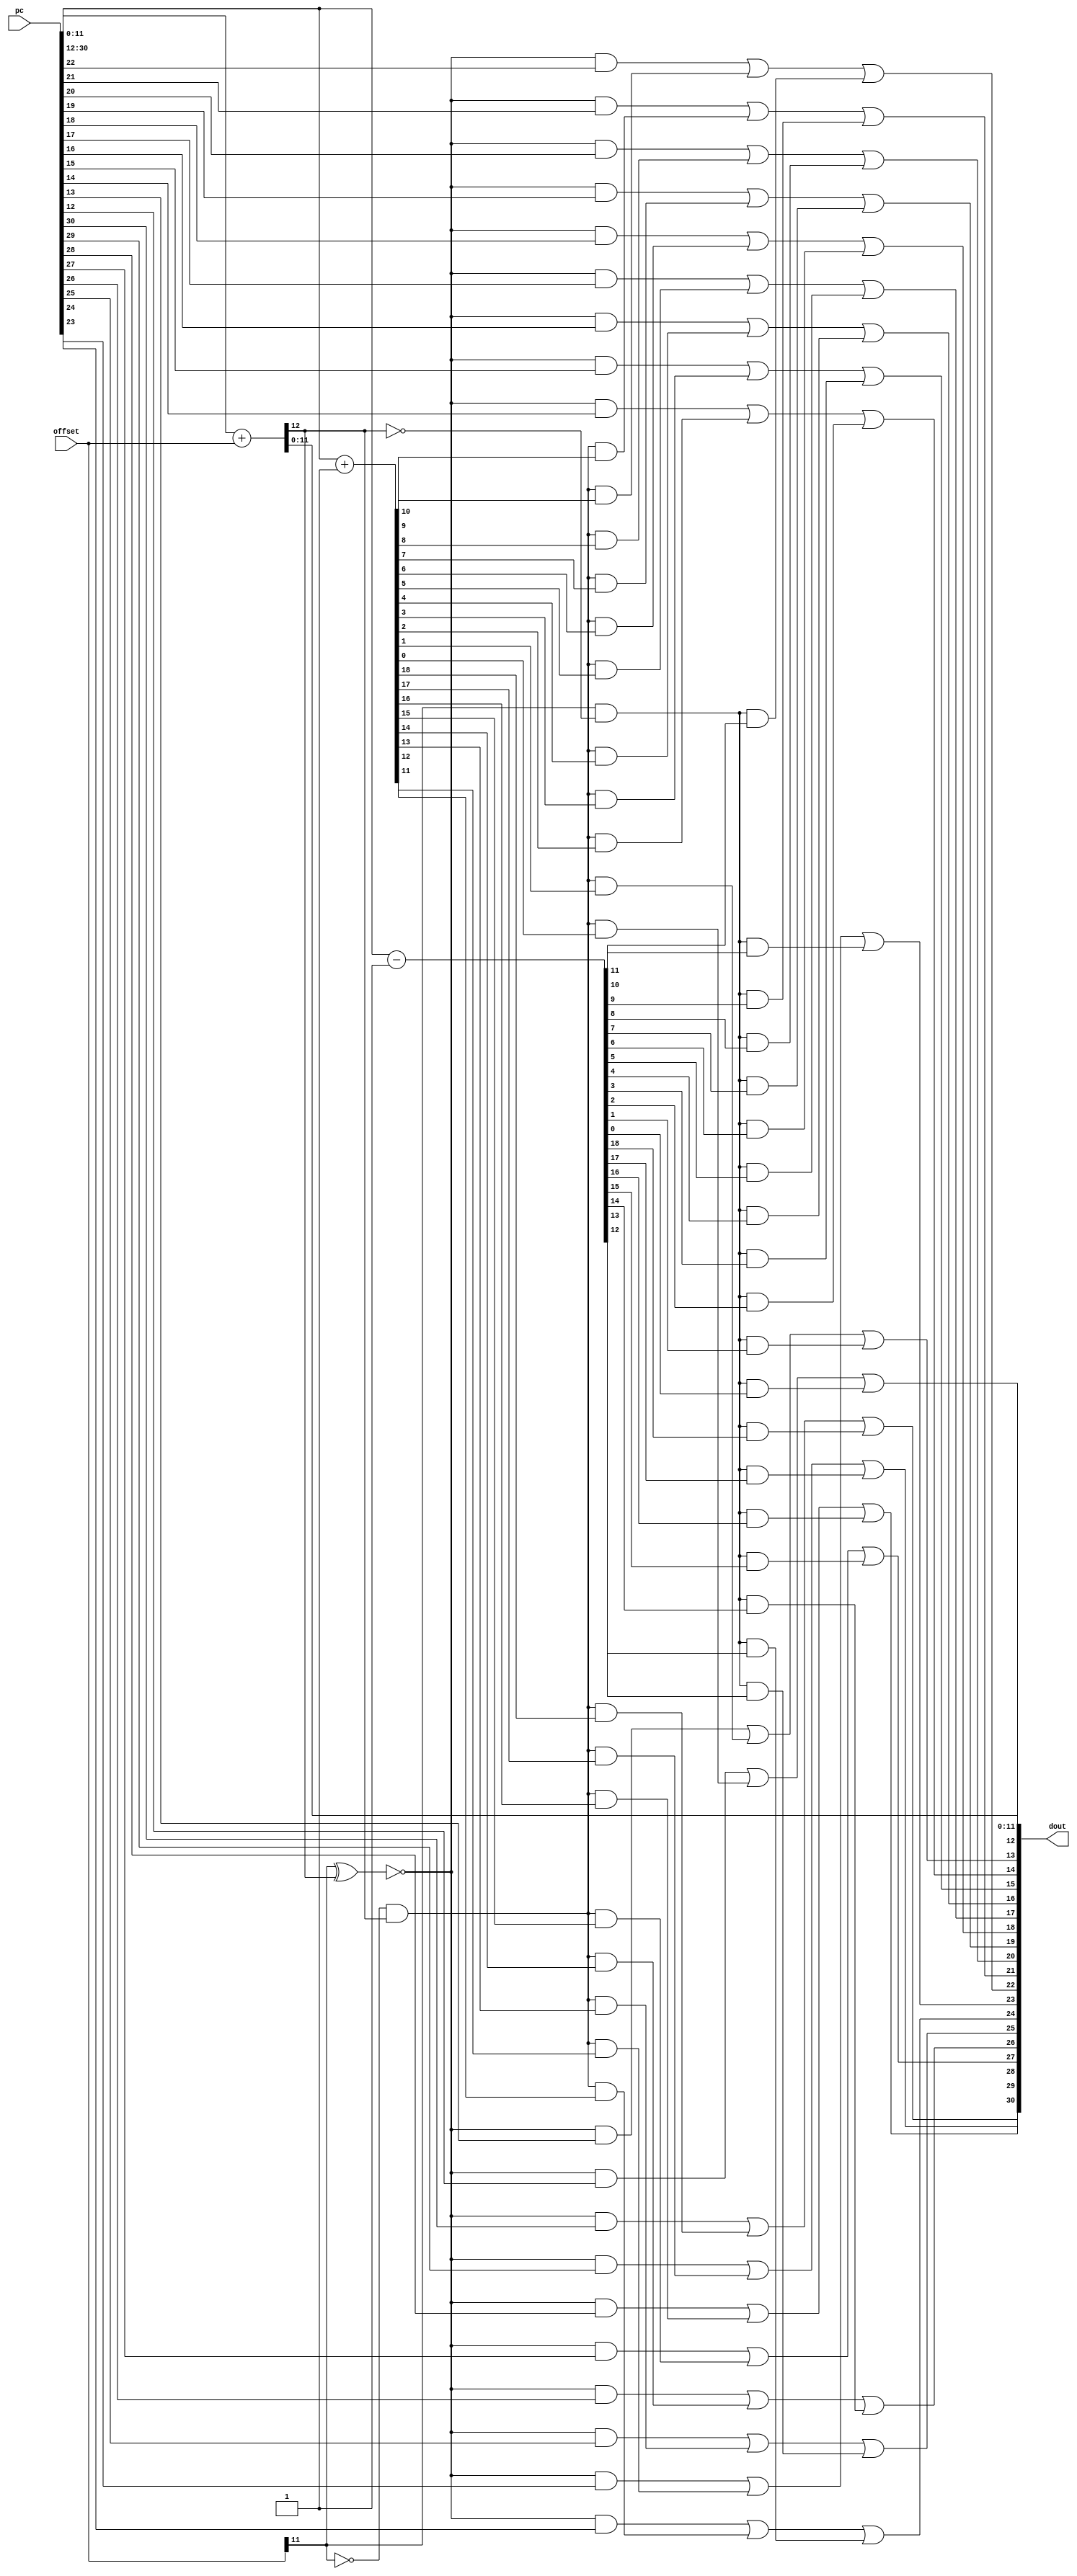
// This program was cloned from: https://github.com/NYU-MLDA/OpenABC
// License: BSD 3-Clause "New" or "Revised" License

module rvbradder
(
  pc,
  offset,
  dout
);

  input [31:1] pc;
  input [12:1] offset;
  output [31:1] dout;
  wire [31:1] dout;
  wire N0,N1,N2,N3,N4,N5,N6,N7,N8,N9,N10,N11,N12,N13,N14,N15,N16,N17,N18,cout,N19,N20,
  N21,N22,N23,N24,N25,N26,N27,N28,N29,N30,N31,N32,N33,N34,N35,N36,N37,N38,N39,N40,
  N41,N42,N43,N44,N45,N46,N47,N48,N49,N50,N51,N52,N53,N54,N55,N56,N57,N58,N59,N60,
  N61,N62,N63,N64,N65,N66,N67,N68,N69,N70,N71,N72,N73,N74,N75,N76,N77,N78,N79,N80,
  N81,N82,N83,N84,N85,N86,N87,N88,N89,N90,N91,N92,N93,N94,N95,N96,N97,N98,N99,N100,
  N101,N102,N103,N104,N105,N106,N107,N108,N109,N110,N111,N112,N113,N114,N115,N116,
  N117,N118,N119,N120,N121,N122,N123,N124,N125,N126,N127,N128,N129,N130,N131,N132,
  N133,N134,N135,N136,N137,N138,N139,N140,N141,N142,N143,N144,N145,N146,N147,N148,
  N149,N150,N151,N152,N153;
  wire [31:13] pc_inc,pc_dec;
  assign { cout, dout[12:1] } = pc[12:1] + offset;
  assign pc_inc = pc[31:13] + 1'b1;
  assign pc_dec = pc[31:13] - 1'b1;
  assign dout[31] = N24 | N27;
  assign N24 = N20 | N23;
  assign N20 = N19 & pc[31];
  assign N0 = offset[12] ^ cout;
  assign N19 = ~N0;
  assign N23 = N22 & pc_inc[31];
  assign N22 = N21 & cout;
  assign N21 = ~offset[12];
  assign N27 = N26 & pc_dec[31];
  assign N26 = offset[12] & N25;
  assign N25 = ~cout;
  assign dout[30] = N32 | N34;
  assign N32 = N29 | N31;
  assign N29 = N28 & pc[30];
  assign N1 = offset[12] ^ cout;
  assign N28 = ~N1;
  assign N31 = N30 & pc_inc[30];
  assign N30 = N21 & cout;
  assign N34 = N33 & pc_dec[30];
  assign N33 = offset[12] & N25;
  assign dout[29] = N39 | N41;
  assign N39 = N36 | N38;
  assign N36 = N35 & pc[29];
  assign N2 = offset[12] ^ cout;
  assign N35 = ~N2;
  assign N38 = N37 & pc_inc[29];
  assign N37 = N21 & cout;
  assign N41 = N40 & pc_dec[29];
  assign N40 = offset[12] & N25;
  assign dout[28] = N46 | N48;
  assign N46 = N43 | N45;
  assign N43 = N42 & pc[28];
  assign N3 = offset[12] ^ cout;
  assign N42 = ~N3;
  assign N45 = N44 & pc_inc[28];
  assign N44 = N21 & cout;
  assign N48 = N47 & pc_dec[28];
  assign N47 = offset[12] & N25;
  assign dout[27] = N53 | N55;
  assign N53 = N50 | N52;
  assign N50 = N49 & pc[27];
  assign N4 = offset[12] ^ cout;
  assign N49 = ~N4;
  assign N52 = N51 & pc_inc[27];
  assign N51 = N21 & cout;
  assign N55 = N54 & pc_dec[27];
  assign N54 = offset[12] & N25;
  assign dout[26] = N60 | N62;
  assign N60 = N57 | N59;
  assign N57 = N56 & pc[26];
  assign N5 = offset[12] ^ cout;
  assign N56 = ~N5;
  assign N59 = N58 & pc_inc[26];
  assign N58 = N21 & cout;
  assign N62 = N61 & pc_dec[26];
  assign N61 = offset[12] & N25;
  assign dout[25] = N67 | N69;
  assign N67 = N64 | N66;
  assign N64 = N63 & pc[25];
  assign N6 = offset[12] ^ cout;
  assign N63 = ~N6;
  assign N66 = N65 & pc_inc[25];
  assign N65 = N21 & cout;
  assign N69 = N68 & pc_dec[25];
  assign N68 = offset[12] & N25;
  assign dout[24] = N74 | N76;
  assign N74 = N71 | N73;
  assign N71 = N70 & pc[24];
  assign N7 = offset[12] ^ cout;
  assign N70 = ~N7;
  assign N73 = N72 & pc_inc[24];
  assign N72 = N21 & cout;
  assign N76 = N75 & pc_dec[24];
  assign N75 = offset[12] & N25;
  assign dout[23] = N81 | N83;
  assign N81 = N78 | N80;
  assign N78 = N77 & pc[23];
  assign N8 = offset[12] ^ cout;
  assign N77 = ~N8;
  assign N80 = N79 & pc_inc[23];
  assign N79 = N21 & cout;
  assign N83 = N82 & pc_dec[23];
  assign N82 = offset[12] & N25;
  assign dout[22] = N88 | N90;
  assign N88 = N85 | N87;
  assign N85 = N84 & pc[22];
  assign N9 = offset[12] ^ cout;
  assign N84 = ~N9;
  assign N87 = N86 & pc_inc[22];
  assign N86 = N21 & cout;
  assign N90 = N89 & pc_dec[22];
  assign N89 = offset[12] & N25;
  assign dout[21] = N95 | N97;
  assign N95 = N92 | N94;
  assign N92 = N91 & pc[21];
  assign N10 = offset[12] ^ cout;
  assign N91 = ~N10;
  assign N94 = N93 & pc_inc[21];
  assign N93 = N21 & cout;
  assign N97 = N96 & pc_dec[21];
  assign N96 = offset[12] & N25;
  assign dout[20] = N102 | N104;
  assign N102 = N99 | N101;
  assign N99 = N98 & pc[20];
  assign N11 = offset[12] ^ cout;
  assign N98 = ~N11;
  assign N101 = N100 & pc_inc[20];
  assign N100 = N21 & cout;
  assign N104 = N103 & pc_dec[20];
  assign N103 = offset[12] & N25;
  assign dout[19] = N109 | N111;
  assign N109 = N106 | N108;
  assign N106 = N105 & pc[19];
  assign N12 = offset[12] ^ cout;
  assign N105 = ~N12;
  assign N108 = N107 & pc_inc[19];
  assign N107 = N21 & cout;
  assign N111 = N110 & pc_dec[19];
  assign N110 = offset[12] & N25;
  assign dout[18] = N116 | N118;
  assign N116 = N113 | N115;
  assign N113 = N112 & pc[18];
  assign N13 = offset[12] ^ cout;
  assign N112 = ~N13;
  assign N115 = N114 & pc_inc[18];
  assign N114 = N21 & cout;
  assign N118 = N117 & pc_dec[18];
  assign N117 = offset[12] & N25;
  assign dout[17] = N123 | N125;
  assign N123 = N120 | N122;
  assign N120 = N119 & pc[17];
  assign N14 = offset[12] ^ cout;
  assign N119 = ~N14;
  assign N122 = N121 & pc_inc[17];
  assign N121 = N21 & cout;
  assign N125 = N124 & pc_dec[17];
  assign N124 = offset[12] & N25;
  assign dout[16] = N130 | N132;
  assign N130 = N127 | N129;
  assign N127 = N126 & pc[16];
  assign N15 = offset[12] ^ cout;
  assign N126 = ~N15;
  assign N129 = N128 & pc_inc[16];
  assign N128 = N21 & cout;
  assign N132 = N131 & pc_dec[16];
  assign N131 = offset[12] & N25;
  assign dout[15] = N137 | N139;
  assign N137 = N134 | N136;
  assign N134 = N133 & pc[15];
  assign N16 = offset[12] ^ cout;
  assign N133 = ~N16;
  assign N136 = N135 & pc_inc[15];
  assign N135 = N21 & cout;
  assign N139 = N138 & pc_dec[15];
  assign N138 = offset[12] & N25;
  assign dout[14] = N144 | N146;
  assign N144 = N141 | N143;
  assign N141 = N140 & pc[14];
  assign N17 = offset[12] ^ cout;
  assign N140 = ~N17;
  assign N143 = N142 & pc_inc[14];
  assign N142 = N21 & cout;
  assign N146 = N145 & pc_dec[14];
  assign N145 = offset[12] & N25;
  assign dout[13] = N151 | N153;
  assign N151 = N148 | N150;
  assign N148 = N147 & pc[13];
  assign N18 = offset[12] ^ cout;
  assign N147 = ~N18;
  assign N150 = N149 & pc_inc[13];
  assign N149 = N21 & cout;
  assign N153 = N152 & pc_dec[13];
  assign N152 = offset[12] & N25;

endmodule